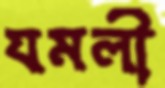
যমলী